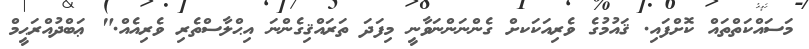
މަސައްކަތްތައް ކޮށްފައި. ޤައުމުގެ ވެރިއަކަކށް ގެންނަންނަވާނީ މިފަދަ ތަރައްޤިގެންނަ އިޙްލާސްތެރި ވެރިއެއް." ޢަބްދުއްރަޙީމް